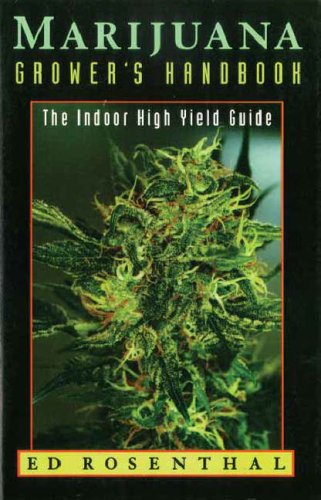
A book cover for Marijuana Grower's Handbook: The Indoor High Yield Cultivation Grow Guide; Ed Rosenthal; Crafts, Hobbies & Home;